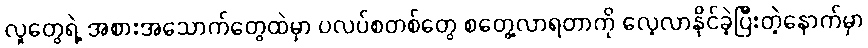
လူတွေရဲ့ အစားအသောက်တွေထဲမှာ ပလပ်စတစ်တွေ စတွေ့လာရတာကို လေ့လာနိုင်ခဲ့ပြီးတဲ့နောက်မှာ